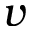
v